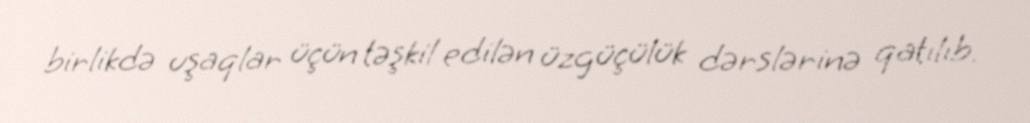
birlikdə uşaqlar üçün təşkil edilən üzgüçülük dərslərinə qatılıb.